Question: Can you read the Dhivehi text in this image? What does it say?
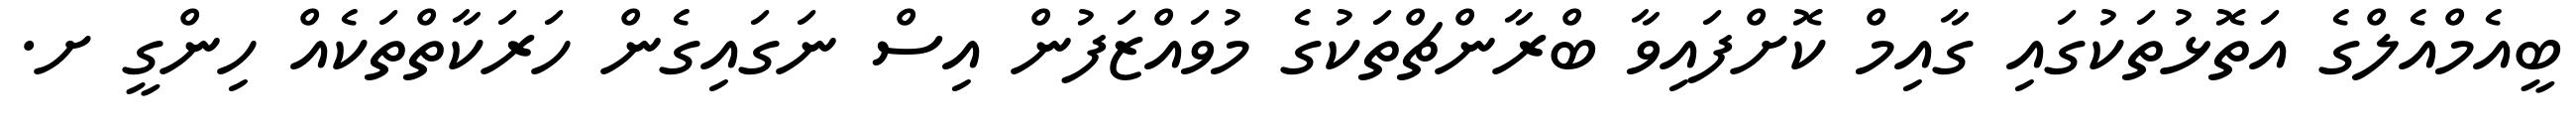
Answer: ބީއެމްއެލްގެ އަތޮޅުތަކުގައި ގާއިމް ކޮށްފައިވާ ބްރާންޗްތަކުގެ މުވައްޒަފުން އިސް ނަގައިގެން ހަރަކާތްތަކެއް ހިންގީ ށ.